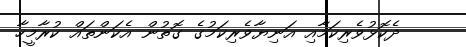
ދެކޮޅުވެރިކަމާއި އަނިޔާވެރިކަމުގެ ގޮތުން އެކަންތައް ކުރާމީހާ